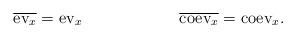
LaTeX: \begin{align*}\overline{\mathrm{ev}_x}=\mathrm{ev}_x\qquad\qquad\qquad\overline{\mathrm{coev}_x}=\mathrm{coev}_x.\end{align*}